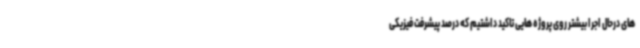
های درحال اجرا بیشتر روی پروژه هایی تاکید داشتیم که درصد پیشرفت فیزیکی